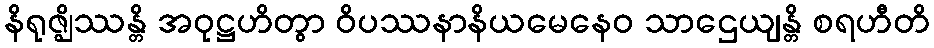
နိရုဇ္ဈိဿန္တိ အဝုဋ္ဌဟိတွာ ဝိပဿနာနိယမေနေဝ သာဌေယျန္တိ စရဟီတိ